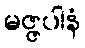
မဇ္ဇပါနံ